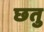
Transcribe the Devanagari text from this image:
छतु